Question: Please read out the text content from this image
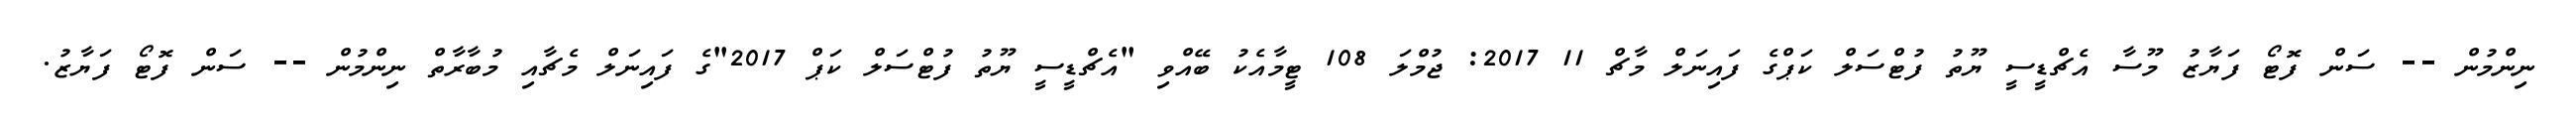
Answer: ނިންމުން -- ސަން ފޮޓޯ ފަޔާޒު މޫސާ އެޗްޑީސީ ޔޫތު ފުޓްސަލް ކަޕްގެ ފައިނަލް މާޗް 11 2017: ޖުމްލަ 108 ޓީމާއެކު ބޭއްވި "އެޗްޑީސީ ޔޫތު ފުޓްސަލް ކަޕް 2017"ގެ ފައިނަލް މެޗާއި މުބާރާތް ނިންމުން -- ސަން ފޮޓޯ ފަޔާޒު.